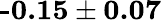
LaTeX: \textbf{-0.15}\pm\textbf{0.07}